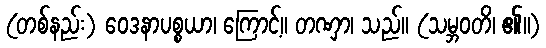
(တစ်နည်း) ဝေဒနာပစ္စယာ၊ ကြောင့်။ တဏှာ၊ သည်။ (သမ္ဘဝတိ၊ ၏။)